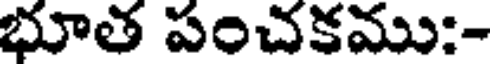
భూత పంచకము:-